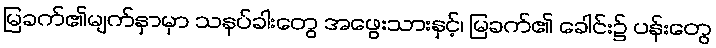
မြခက်၏မျက်နှာမှာ သနပ်ခါးတွေ အဖွေးသားနှင့်၊ မြခက်၏ ခေါင်း၌ ပန်းတွေ